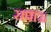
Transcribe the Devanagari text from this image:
सपाऊ